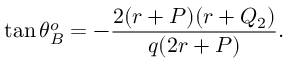
\tan \theta _ { B } ^ { o } = - { \frac { 2 ( r + P ) ( r + Q _ { 2 } ) } { q ( 2 r + P ) } } .